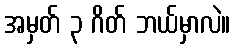
အမှတ် ၃ ဂိတ် ဘယ်မှာလဲ။